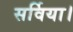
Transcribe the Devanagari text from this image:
सर्विया।